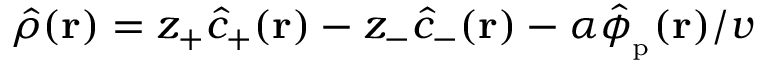
\hat { \rho } ( \mathbf { r } ) = z _ { + } \hat { c } _ { + } ( \mathbf { r } ) - z _ { - } \hat { c } _ { - } ( \mathbf { r } ) - \alpha \hat { \phi } _ { \mathrm { _ p } } ( \mathbf { r } ) / v